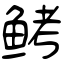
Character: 鲓